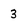
Character: 3